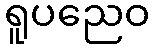
ရူပညေဝ